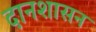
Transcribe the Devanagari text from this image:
दानशासन